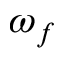
\omega _ { f }